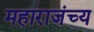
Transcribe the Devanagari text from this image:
महाराजंच्य